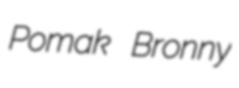
Pomak Bronny